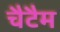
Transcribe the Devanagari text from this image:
चैटैम